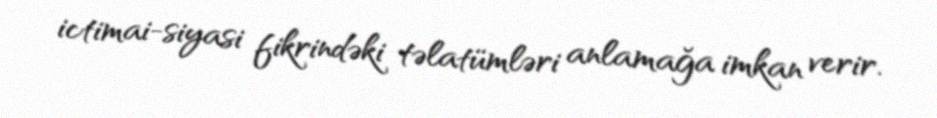
ictimai-siyasi fikrindəki təlatümləri anlamağa imkan verir.